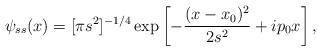
LaTeX: \begin{align*}\psi_{ss}(x) = [\pi s^2]^{-1/4}\exp\left[-\frac{(x-x_0)^2}{2s^2}+ip_0x\right], \end{align*}